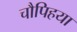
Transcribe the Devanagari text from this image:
चौपिहया